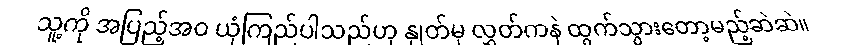
သူ့ကို အပြည့်အဝ ယုံကြည်ပါသည်ဟု နှုတ်မှ လွှတ်ကနဲ ထွက်သွားတော့မည့်ဆဲဆဲ။